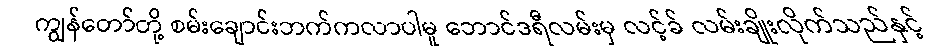
ကျွန်တော်တို့ စမ်းချောင်းဘက်ကလာပါမူ ဘောင်ဒရီလမ်းမှ လင့်ခ် လမ်းချိုးလိုက်သည်နှင့်